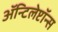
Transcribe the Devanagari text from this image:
ॲन्टिलेप्टॉन्स